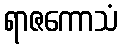
ရာဇကောသံ